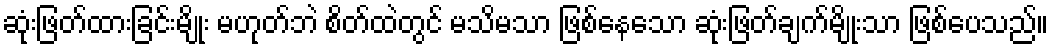
ဆုံးဖြတ်ထားခြင်းမျိုး မဟုတ်ဘဲ စိတ်ထဲတွင် မသိမသာ ဖြစ်နေသော ဆုံးဖြတ်ချက်မျိုးသာ ဖြစ်ပေသည်။